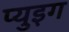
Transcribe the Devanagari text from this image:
प्युइग